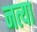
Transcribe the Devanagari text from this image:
नत्या